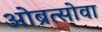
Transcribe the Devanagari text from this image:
ओब्रत्सोवा